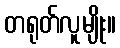
တရုတ်လူမျိုး။